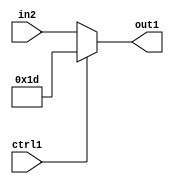
`timescale 1ps / 1ps
/*****************************************************************************
    Verilog RTL Description
    
    
    Created by: CellMath Designer 2019.1.01 
*******************************************************************************/

module fix2float_Muxi29u5u1_4_3 (
	in2,
	ctrl1,
	out1
	); /* architecture "behavioural" */ 
input [4:0] in2;
input  ctrl1;
output [4:0] out1;
wire [4:0] asc001;

reg [4:0] asc001_tmp_0;
assign asc001 = asc001_tmp_0;
always @ (ctrl1 or in2) begin
	case (ctrl1)
		1'B1 : asc001_tmp_0 = 5'B11101 ;
		default : asc001_tmp_0 = in2 ;
	endcase
end

assign out1 = asc001;
endmodule

/* CADENCE  uLP1Sw4= : u9/ySgnWtBlWxVPRXgAZ4Og= ** DO NOT EDIT THIS LINE ******/